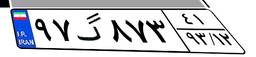
۲۴گ۰۶۲۴۹